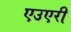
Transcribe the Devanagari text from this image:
एउएरी